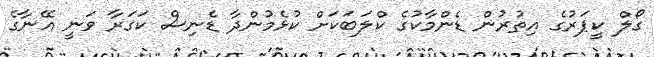
ގޯލް ކީޕަރުގެ އިތުރުން ޑެންމާކުގެ ކްލަބަކަށް ކުޅެމުންދާ ޑެނިސް ކަގަރާ ވަނީ އޭނާގެ